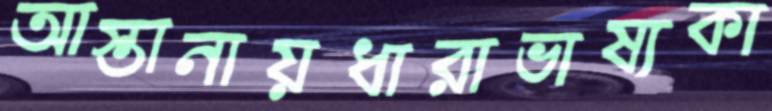
আস্তানায়ধারাভাষ্যকা